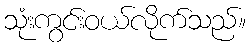
သုံးကွင်းဝယ်လိုက်သည်။